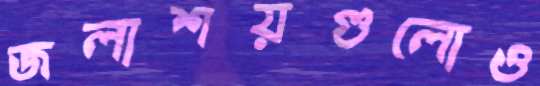
জলাশয়গুলোও